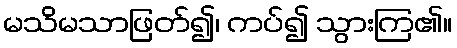
မသိမသာဖြတ်၍၊ ကပ်၍ သွားကြ၏။